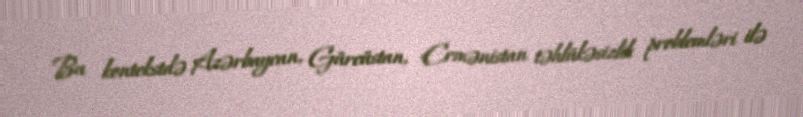
Bu kontekstdə Azərbaycan, Gürcüstan, Ermənistan təhlükəsizlik problemləri ilə